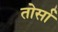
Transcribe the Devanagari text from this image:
तोर्सा